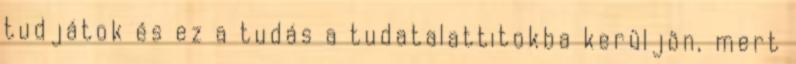
tudjátok és ez a tudás a tudatalattitokba kerüljön, mert